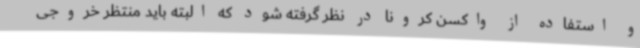
و استفاده از واکسن کرونا در نظر گرفته شود که البته باید منتظر خروجی